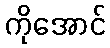
ကိုအောင်